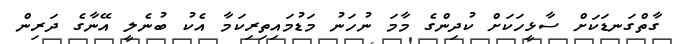
ގާތްގަނޑަކަށް ސާޅީހަކަށް ކުދިންގެ މާމަ ނުހަނު މަޑުމައިތިރިކަމާ އެކު ބުނެލީ އޭނާގެ ދަރިން